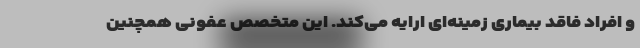
و افراد فاقد بیماری زمینه‌ای ارایه می‌کند. این متخصص عفونی همچنین